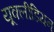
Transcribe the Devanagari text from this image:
यूक्लीडियन